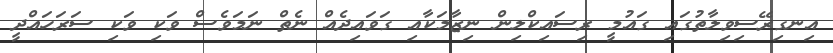
އިނގިރޭސިވިލާތުގައި ގައުމީ ރިސައިކްލިން ނިޒާމަކާއި ގަވައިދެއް ނެތް ނަމަވެސް ވަކި ވަކި ސަރަހައްދީ